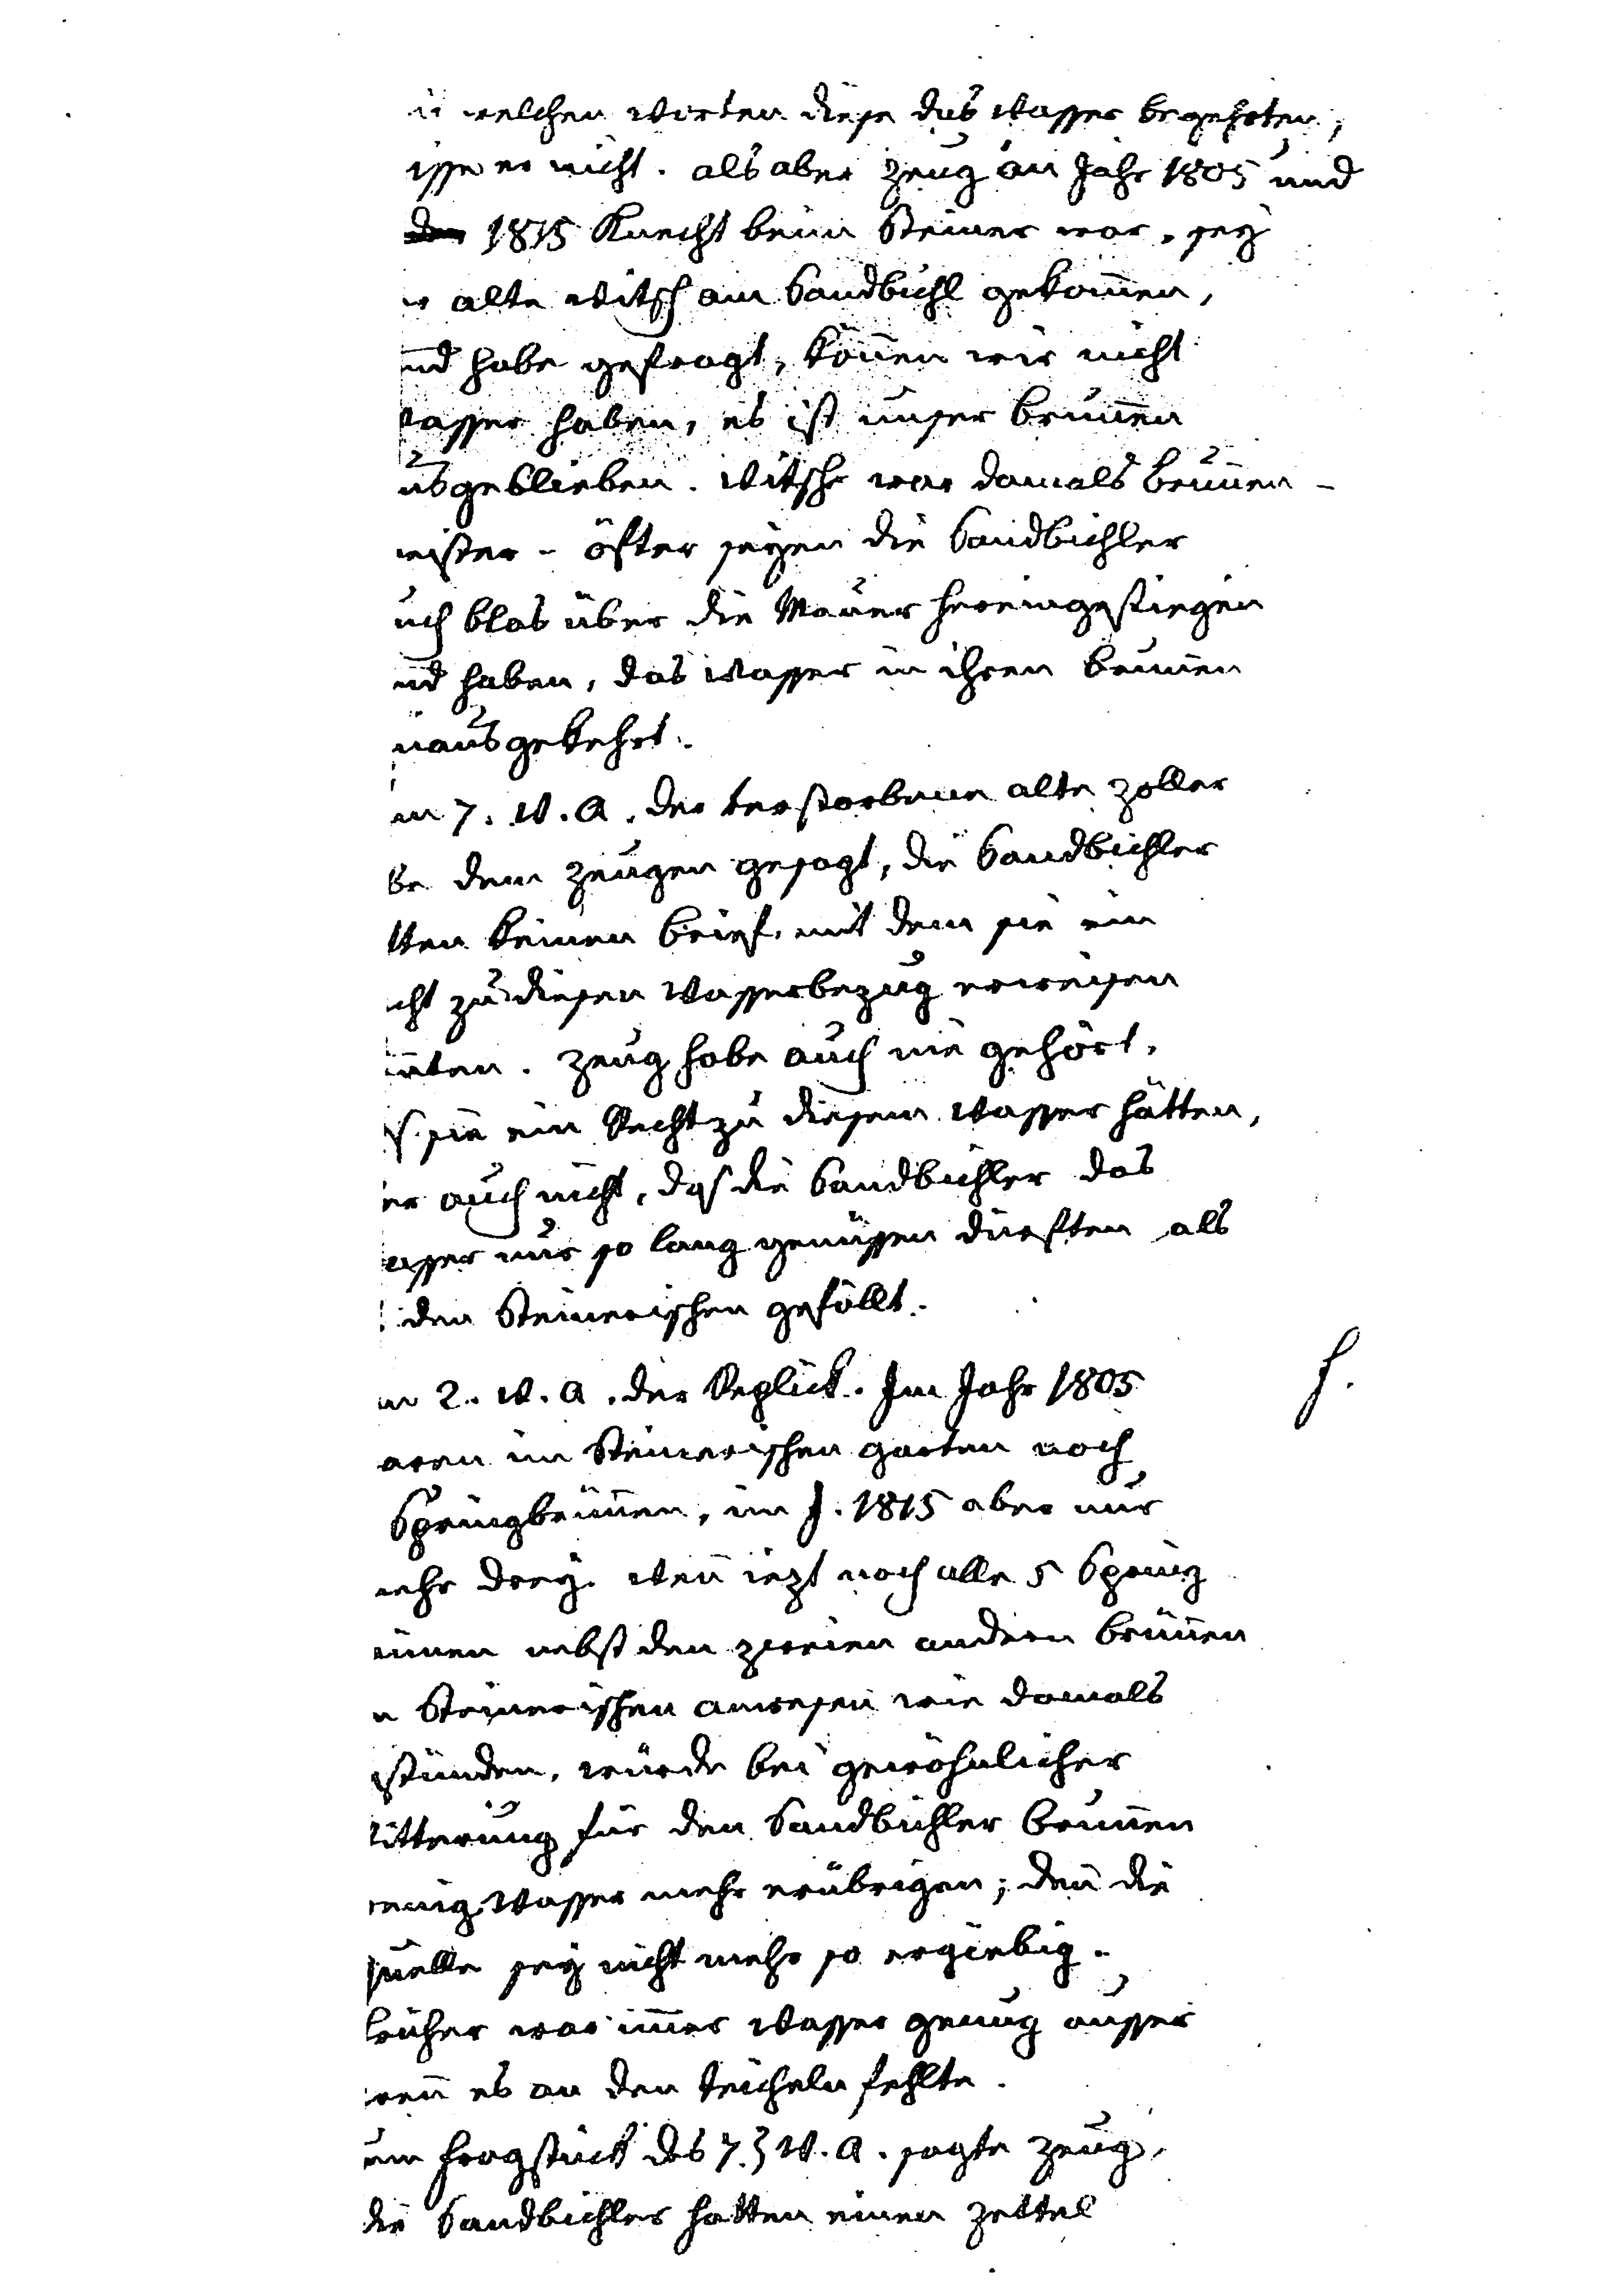
Mit welchen Worten diese das Wasser begehrten,
wisse er nicht. Als aber Zeug an Jahr 1805 und
dann 1815 Knecht beim Steiner war, sey
der alte Witsch am Sandbichl gekommen,
und habe gefragt, können wir nicht
Wasser haben, es ist unser Brunnen
ausgeblieben. Witsch war damals Brunnen¬
meister - öfter seyen die Sandbichler
auch blos über die Mauer hereingestiegen
und haben, das Wasser in ihren Brunnen
hinausgekehrt.
Zum 7. W. A. Der verstorbene alte Zoller
habe dem Zeugen gesagt, die Sandbichler
hätten keinen Brief mit dem sie ein
Recht zu diesen Wasserbezug erweisen
könnten. Zeug habe auch nur gehört,
daß sie ein Recht zu diesem Wasser hätten,
mehr auch nicht, Daß die Sandbichler das
Wasser nur so lang geniessen dürften als
es den Steinerischenn gefällt.
Zum 2. W. A. Der Replick. Im Jahr 1805
waren im Steinerischen Garten noch
5 Springbrunnen, im J. 1815 aber nur
noch drey. Wenn iezt noch alle 5 Spring¬
brunnen nebst den weien andern Brunnen
im Steinerischen Anwesen wie damals
stünden, würde bei gewöhnlicher
Witterung für den Sandbichler Brunnen
wenig Wasser mehr erübrigen; denn die
Quelle sey nicht mehr so ergiebig.
Früher war immer Wasser genug ausser
wenn es an den Teicheln fehlte.
Zum Fragstück des 7. ten W. A. sagte Zeug,
die Sandbichler hatten einen Zettel
F.